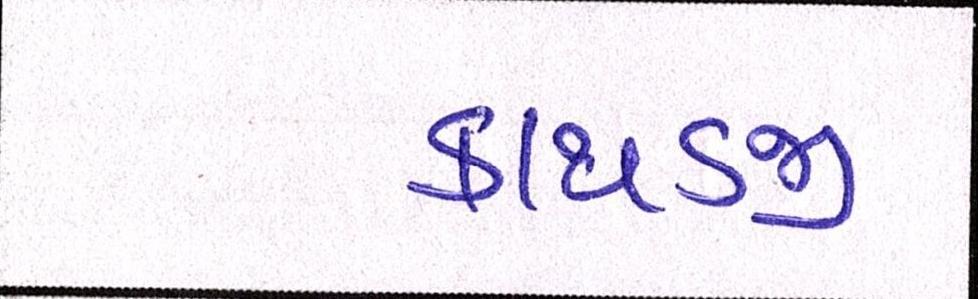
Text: કાથડજી